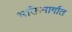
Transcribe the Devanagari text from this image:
भक्तिमार्गात